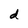
Character: d